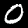
Label: 0